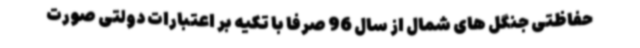
حفاظتی جنگل های شمال از سال 96 صرفا با تکیه بر اعتبارات دولتی صورت